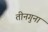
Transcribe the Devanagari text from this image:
तीनगुना